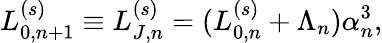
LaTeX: L_{0,n+1}^{(s)}\equiv L_{J,n}^{(s)}=(L_{0,n}^{(s)}+\Lambda_{n})\alpha_{n}^{3},